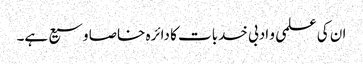
ان کی علمی و ادبی خدبات کا دائرہ خاصا وسیع ہے۔